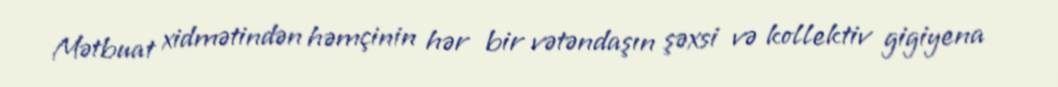
Mətbuat xidmətindən həmçinin hər bir vətəndaşın şəxsi və kollektiv gigiyena